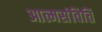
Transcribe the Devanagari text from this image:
आत्मसंवित्ति